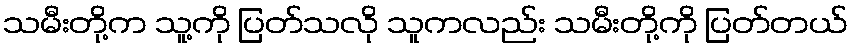
သမီးတို့က သူ့ကို ပြတ်သလို သူကလည်း သမီးတို့ကို ပြတ်တယ်